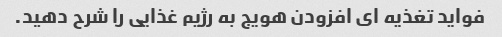
فواید تغذیه ای افزودن هویج به رژیم غذایی را شرح دهید.